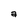
Character: a